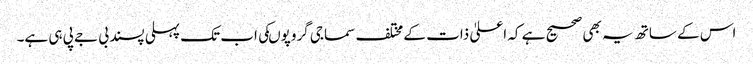
اس کے ساتھ یہ بھی صحیح ہے کہ اعلیٰ ذات کے مختلف سماجی گروپوںکی اب تک پہلی پسند بی جے پی ہی ہے۔